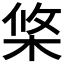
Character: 𣒼